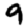
Digit: 9